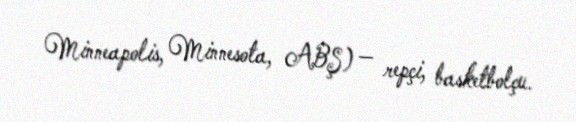
Minneapolis, Minnesota, ABŞ) — repçi, basketbolçu.